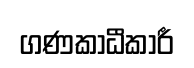
ගණකාධීකාරී